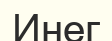
Инег